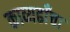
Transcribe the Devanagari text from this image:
काव्यढाँचा